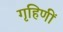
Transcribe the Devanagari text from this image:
गृहिणीं